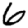
Digit: 6